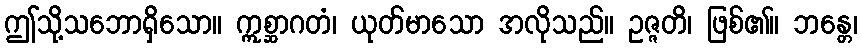
ဤသို့သဘောရှိသော။ ဣစ္ဆာဂတံ၊ ယုတ်မာသော အလိုသည်။ ဥဇ္ဇတိ၊ ဖြစ်၏။ ဘန္တေ၊